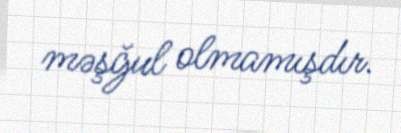
məşğul olmamışdır.